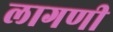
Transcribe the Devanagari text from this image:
लागणी